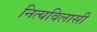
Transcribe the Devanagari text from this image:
नित्यविलासी